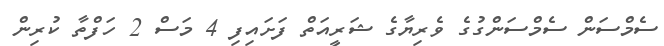
ސެމްސަން ސެމްސަންގުގެ ވެރިޔާގެ ޝަރީއަތް ފަށައިފި 4 މަސް 2 ހަފްތާ ކުރިން